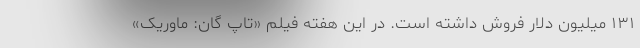
۱۳۱ میلیون دلار فروش داشته است. در این هفته فیلم «تاپ گان: ماوریک»